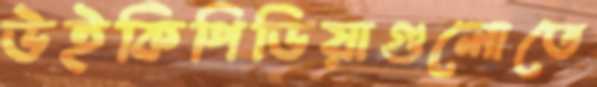
উইকিপিডিয়াগুলোতে